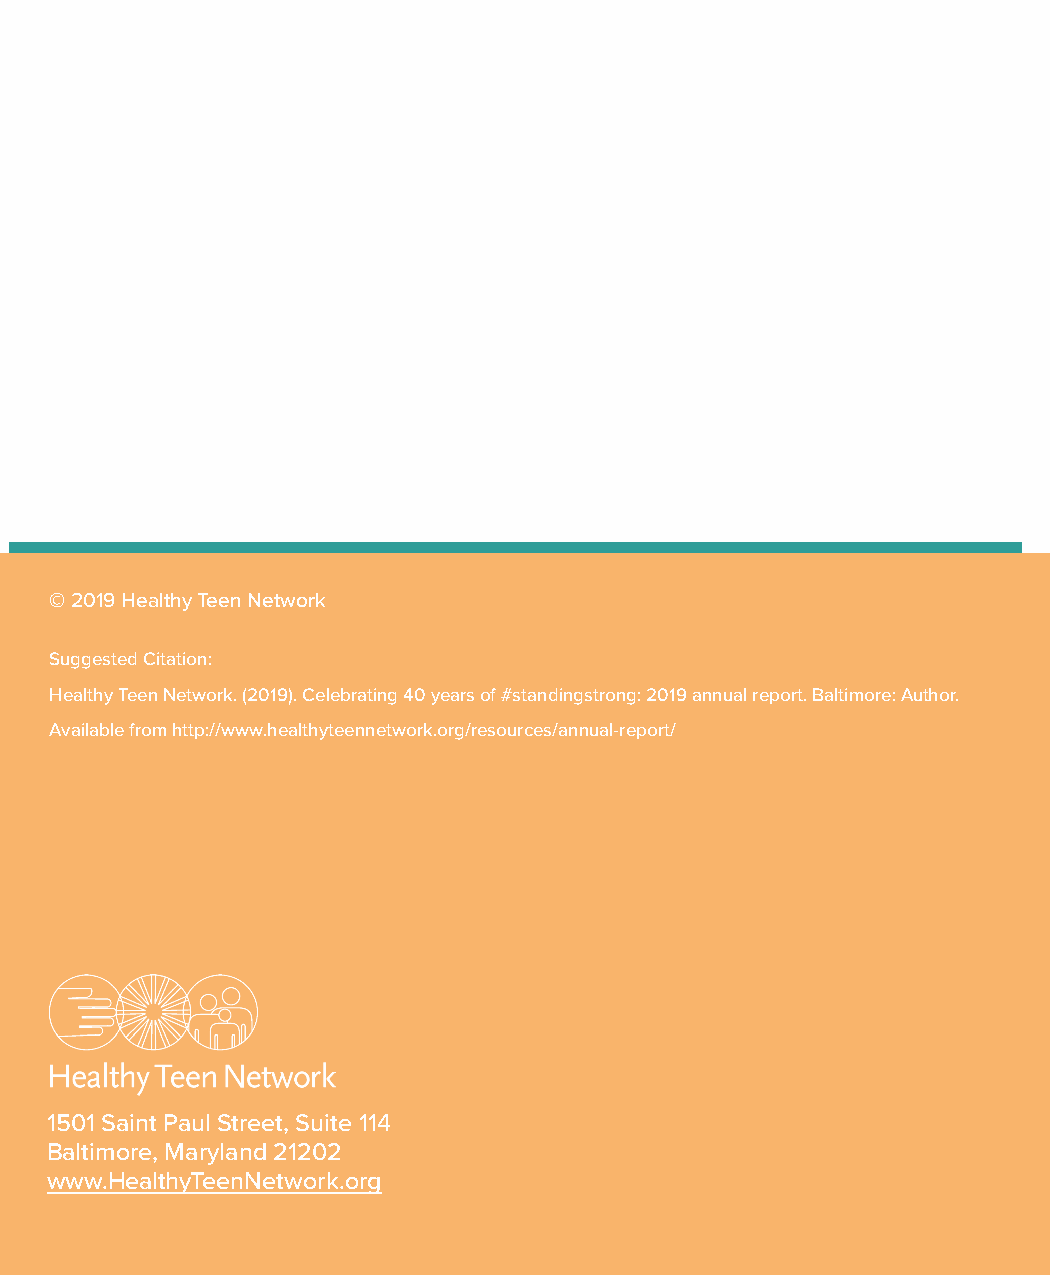
© 2019 Healthy Teen Network
 Suggested Citation:
 Healthy Teen Network. (2019). Celebrating 40 years of #standingstrong: 2019 annual report. Baltimore: Author.
 Available from http://www.healthyteennetwork.org/resources/annual-report/
 1501 Saint Paul Street, Suite 114
 Baltimore, Maryland 21202
 www.HealthyTeenNetwork.org